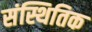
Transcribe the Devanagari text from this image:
संस्थितिक